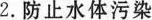
2.防止水体污染